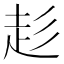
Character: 𮚳